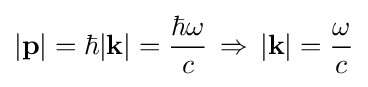
|\mathbf {p} |=\hbar |\mathbf {k} |={\frac {\hbar \omega }{c}}\,\Rightarrow \,|\mathbf {k} |={\frac {\omega }{c}}